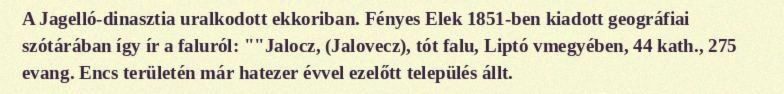
A Jagelló-dinasztia uralkodott ekkoriban. Fényes Elek 1851-ben kiadott geográfiai szótárában így ír a faluról: ""Jalocz, (Jalovecz), tót falu, Liptó vmegyében, 44 kath., 275 evang. Encs területén már hatezer évvel ezelőtt település állt.